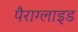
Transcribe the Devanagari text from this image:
पैराग्लाइड